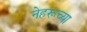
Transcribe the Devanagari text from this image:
नेहरूच्या